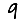
Digit: 9